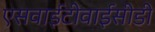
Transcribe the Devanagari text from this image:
एसवाईटीवाईसीडी